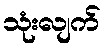
သုံးလျက်